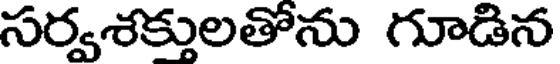
సర్వశక్తులతోను గూడిన